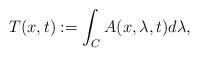
LaTeX: \begin{align*}T(x,t):=\int_{C}A(x,\lambda,t)d\lambda,\end{align*}